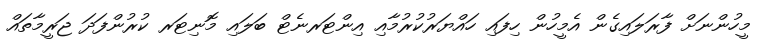
މީހުންނަށް ފާރަލައިގެން އެމީހުން ހިފައި ހައްޔަރުކުރުމާއި އިންޓަރނެޓް ބަލައި މޮނިޓަރ ކުރުންފަދަ ޖަރީމާތައް